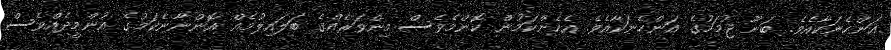
އަންހެނަކާއެވެ. ބަނޫ ޖުމަހުގެ އަންހެނަކާއެވެ. އެހެންކަމުން ކޮންމެވެސް މިންވަރެއްގެ ބަލައިލުމެއް އޮންނާނެކަމުގެ އުންމީދެއްވެސް